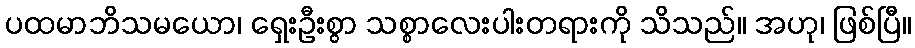
ပထမာဘိသမယော၊ ရှေးဦးစွာ သစ္စာလေးပါးတရားကို သိသည်။ အဟု၊ ဖြစ်ပြီ။